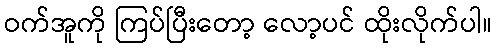
ဝက်အူကို ကြပ်ပြီးတော့ လော့ပင် ထိုးလိုက်ပါ။